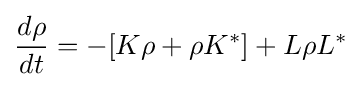
{\frac {d\rho }{dt}}=-[K\rho +\rho K^{\ast }]+L\rho L^{\ast }